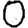
Digit: 0